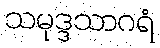
သမုဒ္ဒသာဂရံ